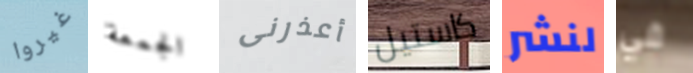
غيروا الجمعة أعذرنى كاستيل لنشر في